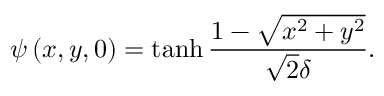
\psi \left( x , y , 0 \right) = \operatorname { t a n h } \frac { 1 - \sqrt { x ^ { 2 } + y ^ { 2 } } } { \sqrt { 2 } \delta } .